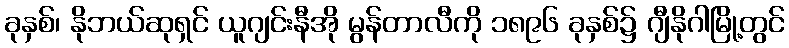
ခုနှစ်၊ နိုဘယ်ဆုရှင် ယူဂျင်းနီအို မွန်တာလီကို ၁၈၉၆ ခုနှစ်၌ ဂျီနိုဂါမြို့တွင်